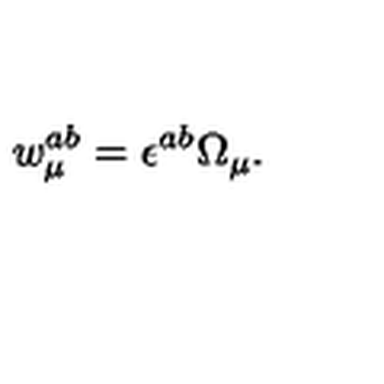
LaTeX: w _ { \mu } ^ { a b } = \epsilon ^ { a b } \Omega _ { \mu } .